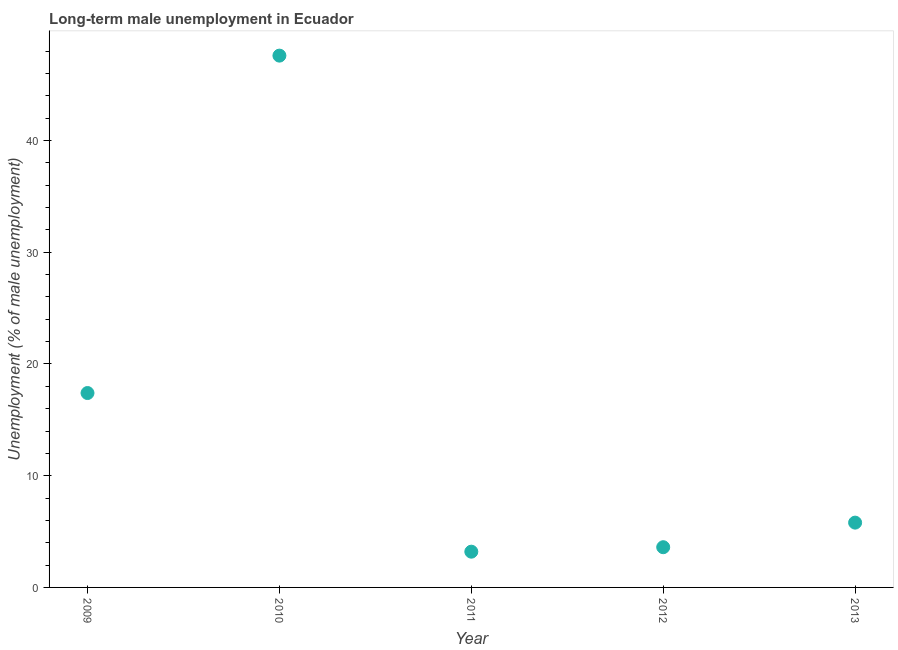
| Year | Long-term unemployment male |
 | --- | --- |
 | 2009 | 17.4 |
 | 2010 | 47.6 |
 | 2011 | 3.2 |
 | 2012 | 3.6 |
 | 2013 | 5.8 |